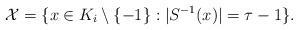
LaTeX: \begin{align*}\mathcal X=\{x\in K_i\setminus\{-1\}: |S^{-1}(x)|=\tau-1\}.\end{align*}